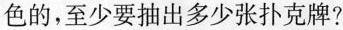
色的，至少要抽出多少张扑克牌?